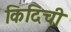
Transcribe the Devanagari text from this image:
किदिची